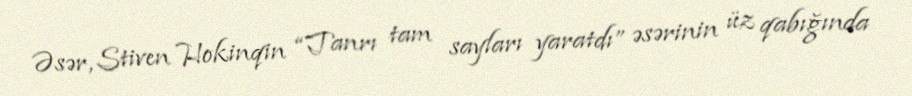
Əsər, Stiven Hokinqin “Tanrı tam sayları yaratdı” əsərinin üz qabığında